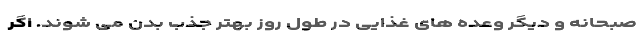
صبحانه و دیگر وعده های غذایی در طول روز بهتر جذب بدن می شوند. اگر